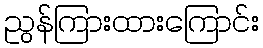
ညွန်ကြားထားကြောင်း